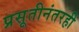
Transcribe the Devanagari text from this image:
प्रसूतीनंतरही